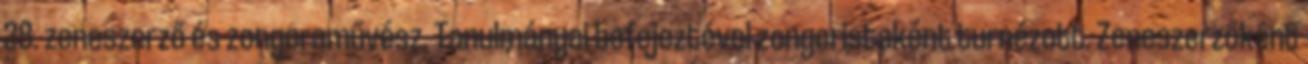
28. zeneszerző és zongoraművész. Tanulmányai befejeztével zongoristaként turnézott. Zeneszerzőként